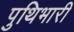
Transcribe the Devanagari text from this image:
पुथिभारी